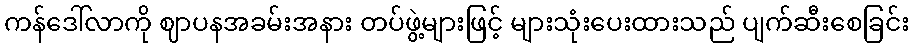
ကန်ဒေါ်လာကို ဈာပနအခမ်းအနား တပ်ဖွဲ့များဖြင့် များသုံးပေးထားသည် ပျက်ဆီးစေခြင်း